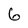
Character: 6